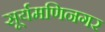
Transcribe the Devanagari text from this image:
सूर्यमणिनगर